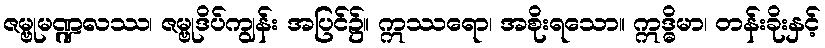
ဇမ္ဗုမဏ္ဍလဿ၊ ဇမ္ဗုဒိပ်ကျွန်း အပြင်၌။ ဣဿရော၊ အစိုးရသော။ ဣဒ္ဓိမာ၊ တန်းခိုးနှင့်